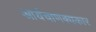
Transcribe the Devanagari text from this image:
आर्यचाणक्यकार